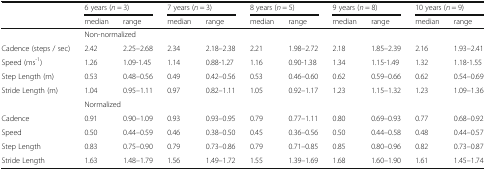
|  | <COLSPAN=2> 6 years (n = 3) | <COLSPAN=2> 7 years (n = 3) | <COLSPAN=2> 8 years (n = 5) | <COLSPAN=2> 9 years (n = 8) | <COLSPAN=2> 10 years (n = 9) |
 |  | median | range | median | range | median | range | median | range | median | range |
 | --- | --- | --- | --- | --- | --- | --- | --- | --- | --- | --- |
 |  | <COLSPAN=10> Non-normalized |
 | Cadence (steps / sec) | 2.42 | 2.25–2.68 | 2.34 | 2.18–2.38 | 2.21 | 1.98–2.72 | 2.18 | 1.85–2.39 | 2.16 | 1.93–2.41 |
 | Speed (ms-1) | 1.26 | 1.09-1.45 | 1.14 | 0.88-1.27 | 1.16 | 0.90-1.38 | 1.34 | 1.15-1.49 | 1.32 | 1.18-1.55 |
 | Step Length (m) | 0.53 | 0.48–0.56 | 0.49 | 0.42–0.56 | 0.53 | 0.46–0.60 | 0.62 | 0.59–0.66 | 0.62 | 0.54–0.69 |
 | Stride Length (m) | 1.04 | 0.95–1.11 | 0.97 | 0.82–1.11 | 1.05 | 0.92–1.17 | 1.23 | 1.15–1.32 | 1.23 | 1.09–1.36 |
 |  | <COLSPAN=10> Normalized |
 | Cadence | 0.91 | 0.90–1.09 | 0.93 | 0.93–0.95 | 0.79 | 0.77–1.11 | 0.80 | 0.69–0.93 | 0.77 | 0.68–0.92 |
 | Speed | 0.50 | 0.44–0.59 | 0.46 | 0.38–0.50 | 0.45 | 0.36–0.56 | 0.50 | 0.44–0.58 | 0.48 | 0.44–0.57 |
 | Step Length | 0.83 | 0.75–0.90 | 0.79 | 0.73–0.86 | 0.79 | 0.71–0.85 | 0.85 | 0.80–0.96 | 0.82 | 0.73–0.87 |
 | Stride Length | 1.63 | 1.48–1.79 | 1.56 | 1.49–1.72 | 1.55 | 1.39–1.69 | 1.68 | 1.60–1.90 | 1.61 | 1.45–1.74 |